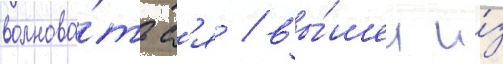
волнова́тьс'я / вы́шел и́з